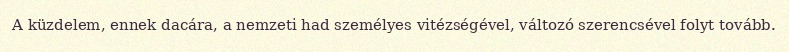
A küzdelem, ennek dacára, a nemzeti had személyes vitézségével, változó szerencsével folyt tovább.